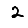
Digit: 2